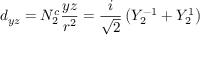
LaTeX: d _ { y z } = N _ { 2 } ^ { c } { \frac { y z } { r ^ { 2 } } } = { \frac { i } { \sqrt { 2 } } } \left( Y _ { 2 } ^ { - 1 } + Y _ { 2 } ^ { 1 } \right)